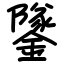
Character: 鐆